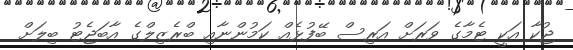
ޖުކާ އަކީ ޓެމާގެ ވަރަށް އަރިސް ބޭފުޅެއް ކަމުންނާއި ބްރެޒިލްގެ އާބަޖެޓު ބިލަށް